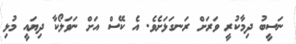
ނަސީބު ދިމާކުރީ ވަރަށް ރަނގަޅަށެވެ. އެ ކޭސް އަށް ނަވަލޯކާ ދިޔައީ މުޅި